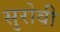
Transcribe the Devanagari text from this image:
सुरोवी